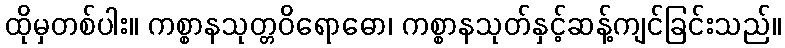
ထိုမှတစ်ပါး။ ကစ္စာနသုတ္တဝိရောဓော၊ ကစ္စာနသုတ်နှင့်ဆန့်ကျင်ခြင်းသည်။